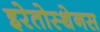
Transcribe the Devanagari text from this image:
इरेतोस्थेनस